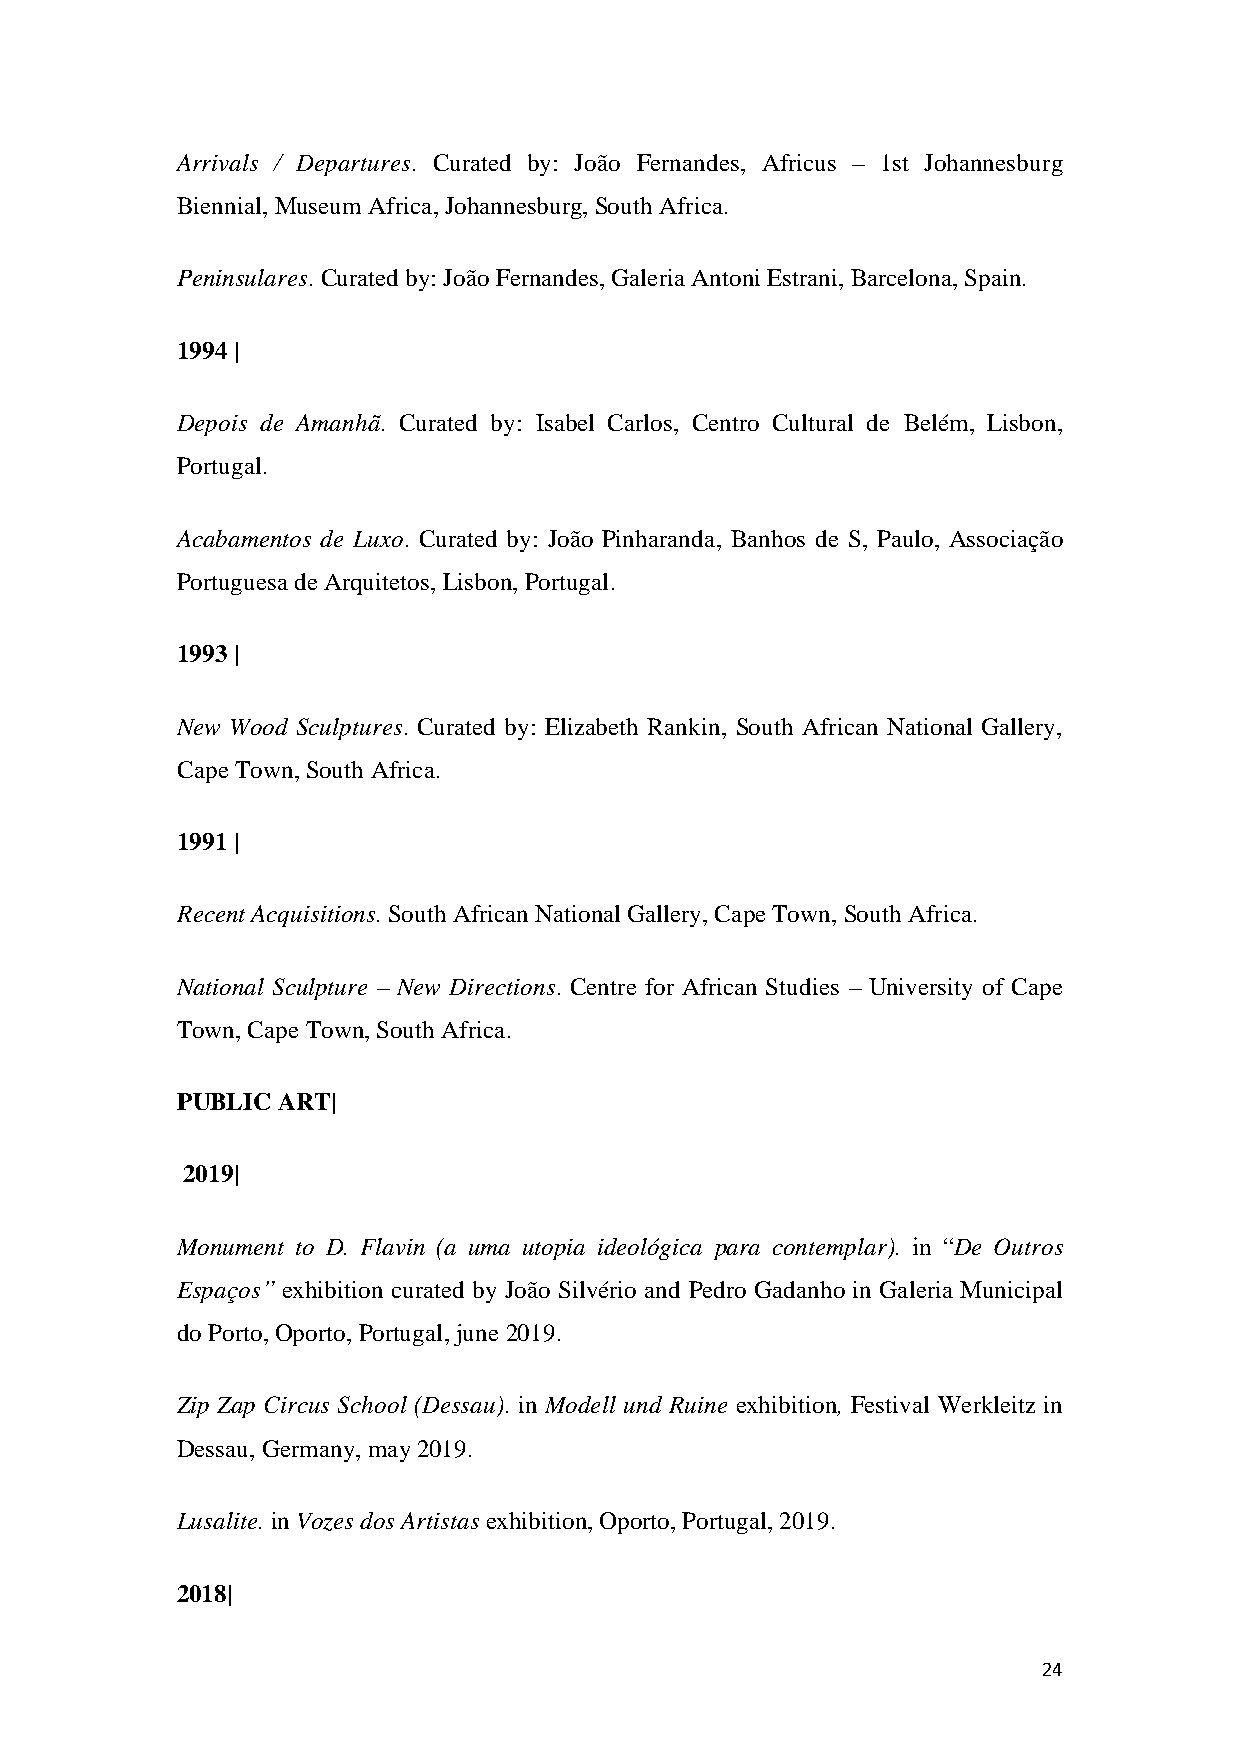
Arrivals / Departures. Curated by: João Fernandes, Africus – 1st Johannesburg
 Biennial, Museum Africa, Johannesburg, South Africa.
 Peninsulares. Curated by: João Fernandes, Galeria Antoni Estrani, Barcelona, Spain.
 1994 |
 Depois de Amanhã. Curated by: Isabel Carlos, Centro Cultural de Belém, Lisbon,
 Portugal.
 Acabamentos de Luxo. Curated by: João Pinharanda, Banhos de S, Paulo, Associação
 Portuguesa de Arquitetos, Lisbon, Portugal.
 1993 |
 New Wood Sculptures. Curated by: Elizabeth Rankin, South African National Gallery,
 Cape Town, South Africa.
 1991 |
 Recent Acquisitions. South African National Gallery, Cape Town, South Africa.
 National Sculpture – New Directions. Centre for African Studies – University of Cape
 Town, Cape Town, South Africa.
 PUBLIC ART|
 2019|
 Monument to D. Flavin (a uma utopia ideológica para contemplar). in “De Outros
 Espaços” exhibition curated by João Silvério and Pedro Gadanho in Galeria Municipal
 do Porto, Oporto, Portugal, june 2019.
 Zip Zap Circus School (Dessau). in Modell und Ruine exhibition, Festival Werkleitz in
 Dessau, Germany, may 2019.
 Lusalite. in Vozes dos Artistas exhibition, Oporto, Portugal, 2019.
 2018|
 24